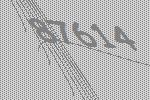
87614